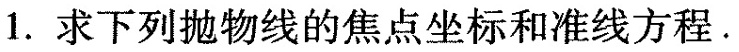
1. 求下列抛物线的焦点坐标和准线方程.